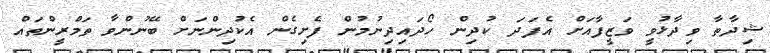
ޝިދާތާ ވިދާޅުވީ ވަޒީފާއަށް އެފަދަ ކުދިން ހޯދައިދިނުމުން ފެށިގެން އެކުދިންނަށް ބޭނުންވާ ތަމްރީންތައް